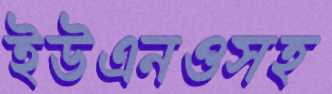
ইউএনওসহ